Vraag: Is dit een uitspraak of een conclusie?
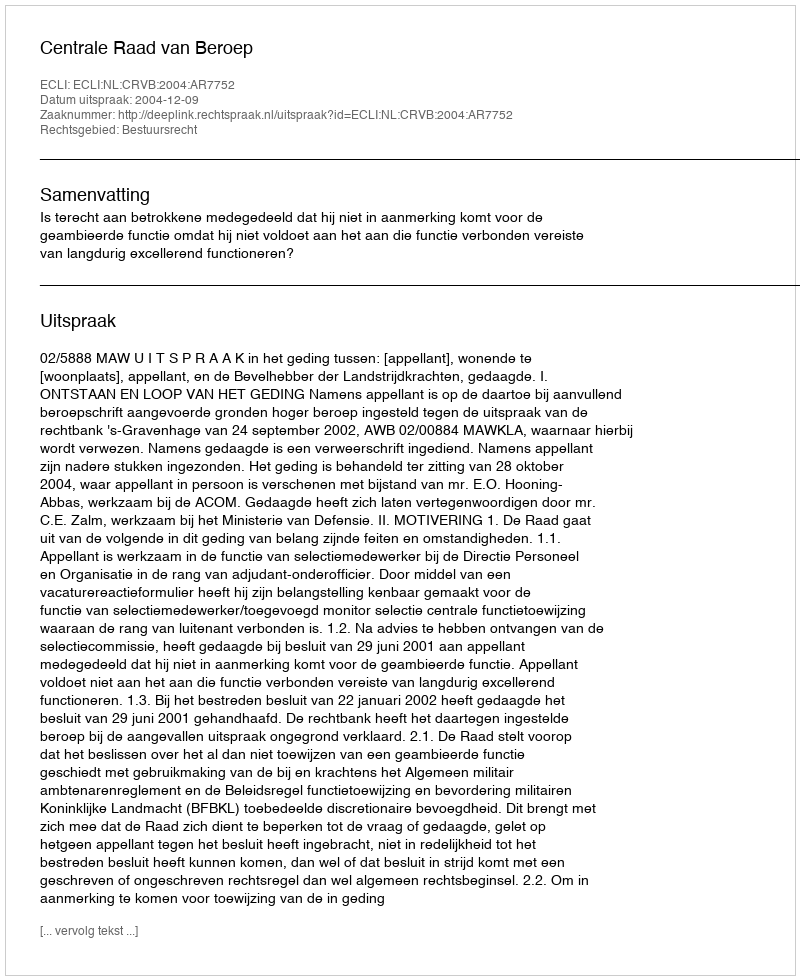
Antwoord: Uitspraak